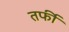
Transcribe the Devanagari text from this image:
तर्फी